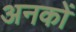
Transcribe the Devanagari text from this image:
अनकों